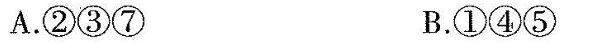
A.②③⑦ B.①④⑤